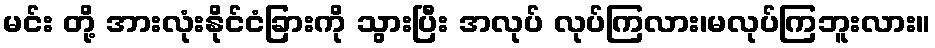
မင်း တို့ အားလုံးနိုင်ငံခြားကို သွားပြီး အလုပ် လုပ်ကြလား၊မလုပ်ကြဘူးလား။